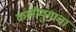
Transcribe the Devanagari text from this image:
कलीयुगाचा